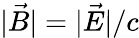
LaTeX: |\vec{B}|=|\vec{E}|/c